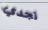
تجدي